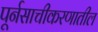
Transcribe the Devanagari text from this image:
पूर्नसाचीकरणातील